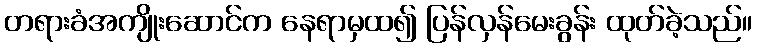
တရားခံအကျိုးဆောင်က နေရာမှထ၍ ပြန်လှန်မေးခွန်း ထုတ်ခဲ့သည်။